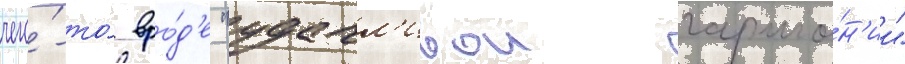
чего́-то́ вро́д'е "удачл'ивои гармо́н'ии"